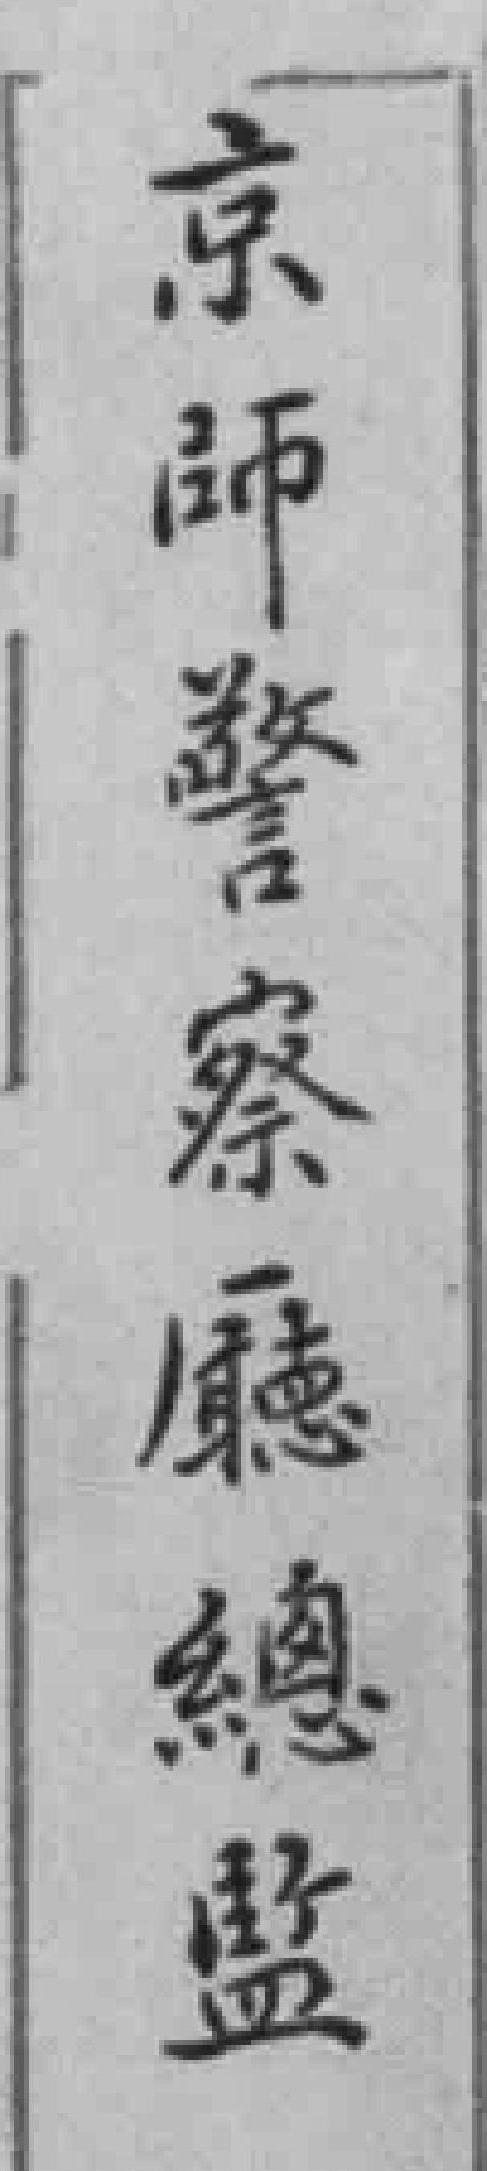
京師警察廳總監